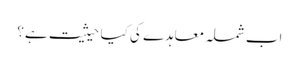
اب شملہ معاہدے کی کیا حیثیت ہے؟